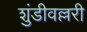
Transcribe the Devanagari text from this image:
शुंडीवल्लरी